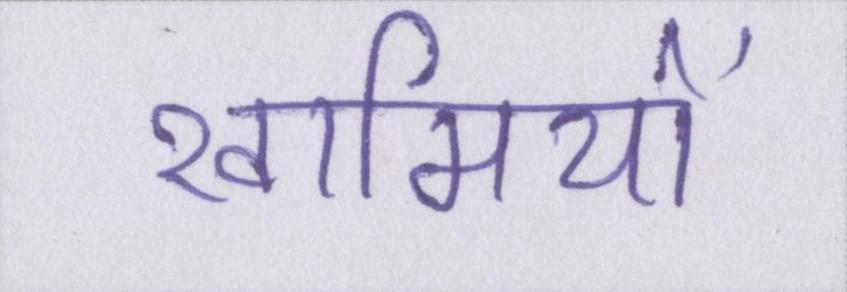
खामियों